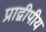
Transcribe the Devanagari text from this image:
प्राद्वीपीय